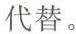
代替。